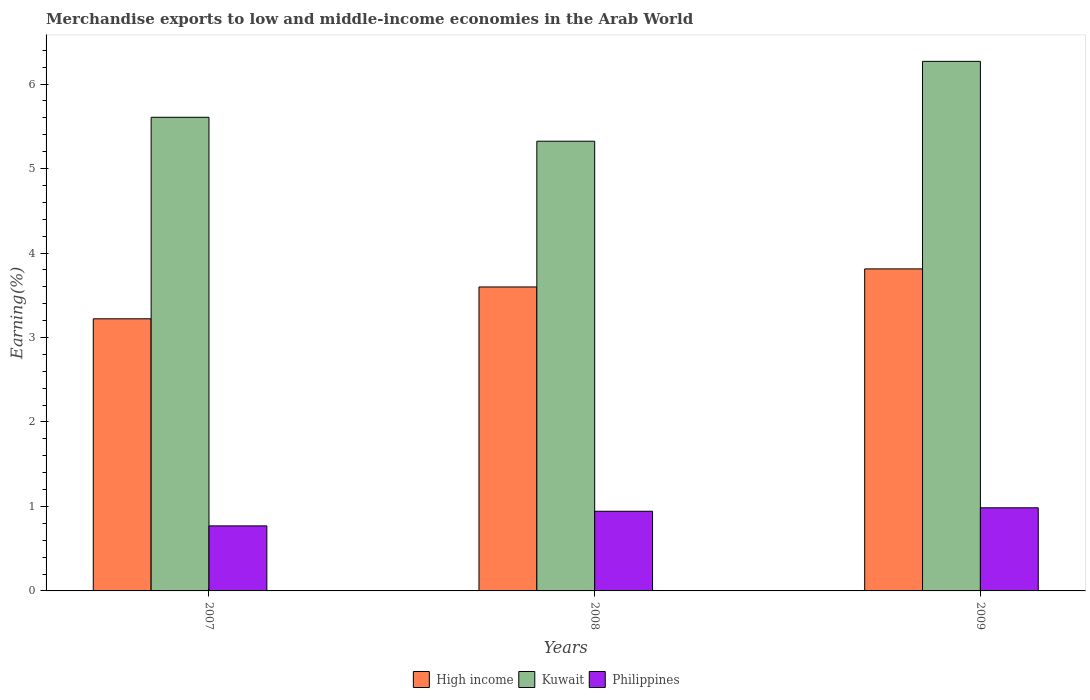
| Years | High income | Kuwait | Philippines |
 | --- | --- | --- | --- |
 | 2007 | 3.22 | 5.61 | 0.77 |
 | 2008 | 3.6 | 5.32 | 0.943 |
 | 2009 | 3.81 | 6.27 | 0.984 |